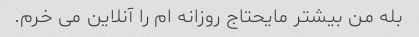
بله من بیشتر مایحتاج روزانه ام را آنلاین می خرم.